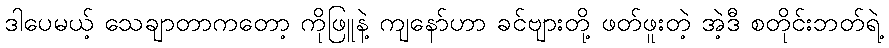
ဒါပေမယ့် သေချာတာကတော့ ကိုဖြူနဲ့ ကျနော်ဟာ ခင်ဗျားတို့ ဖတ်ဖူးတဲ့ အဲ့ဒီ စတိုင်းဘတ်ရဲ့